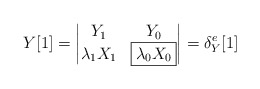
\begin{align*} Y [1]=\begin{vmatrix} Y_{1} & Y_{0}\\\lambda_{1} X_{1} & {\boxed{\lambda_{0} X_{0}}}\end{vmatrix}=\delta_{Y}^{e}[1]\end{align*}